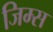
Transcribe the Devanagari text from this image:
जिम्स